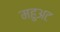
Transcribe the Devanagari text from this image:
महुअट